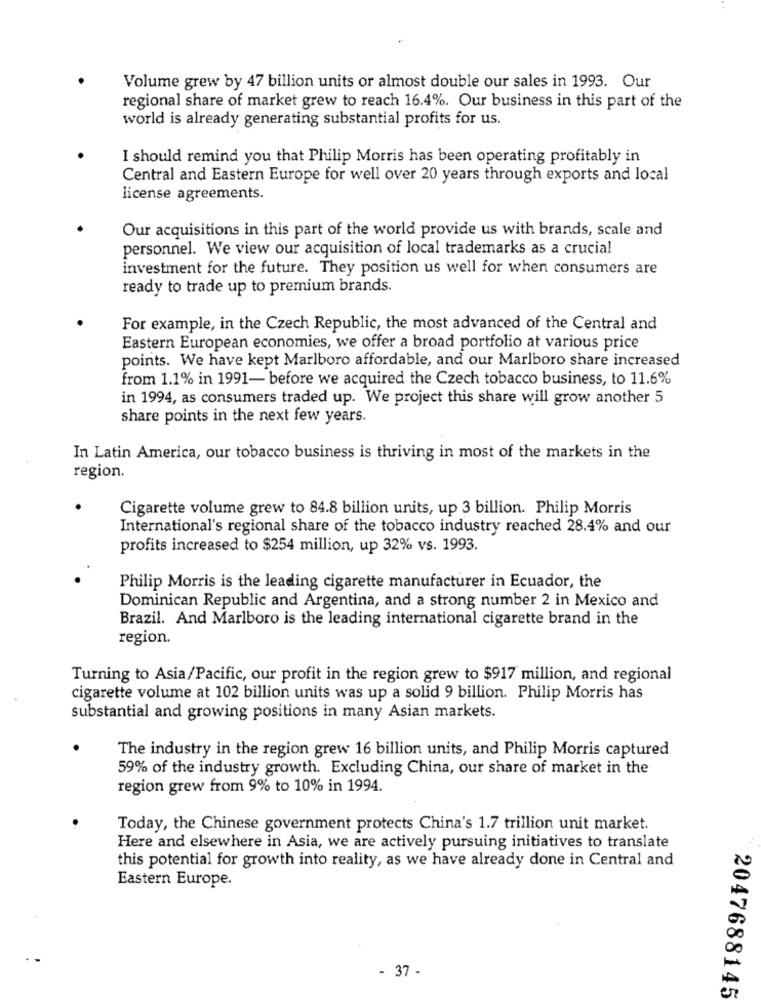
Volume grew by 47 billion units or almost double our sales in 1993. Our
regional share of market grew to reach 16.4%. Our business in this part of the
world is already generating substantial profits for us.
I should remind you that Philip Morris has been operating profitably in
Central and Eastern Europe for well over 20 years through exports and local
license agreements.
Our acquisitions in this part of the world provide us with brands, scale and
personnel. We view our acquisition of local trademarks as a crucial
investment for the future. They position us well for when consumers are
ready to trade up to premium brands.
For example, in the Czech Republic, the most advanced of the Central and
Eastern European economies, we offer a broad portfolio at various price
points. We have kept Marlboro affordable, and our Marlboro share increased
from 1.1% in 1991- before we acquired the Czech tobacco business, to 11.6%
in 1994, as consumers traded up. We project this share will grow another 5
share points in the next few years.
In Latin America, our tobacco business is thriving in most of the markets in the
region.
Cigarette volume grew to 84.8 billion units, up 3 billion. Philip Morris
International's regional share of the tobacco industry reached 28.4% and our
profits increased to $254 million, up 32% vs. 1993.
Philip Morris is the leading cigarette manufacturer in Ecuador, the
Dominican Republic and Argentina, and a strong number 2 in Mexico and
Brazil. And Marlboro is the leading international cigarette brand in the
region.
Turning to Asia/Pacific, our profit in the region grew to $917 million, and regional
cigarette volume at 102 billion units was up a solid 9 billion. Philip Morris has
substantial and growing positions in many Asian markets.
The industry in the region grew 16 billion units, and Philip Morris captured
59% of the industry growth. Excluding China, our share of market in the
region grew from 9% to 10% in 1994.
Today, the Chinese government protects China's 1.7 trillion unit market.
Here and elsewhere in Asia, we are actively pursuing initiatives to translate
this potential for growth into reality, as we have already done in Central and
Eastern Europe.
- 37 -
2047688145